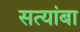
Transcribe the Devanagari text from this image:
सत्यांबा